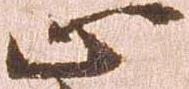
止